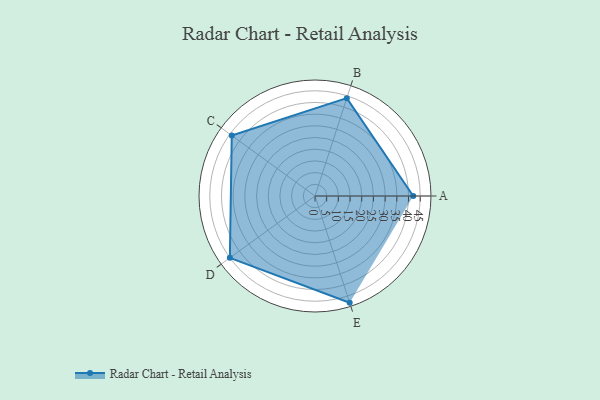
{"axis": {"x": "Skill", "y": "Score"}, "legend": ["Profile"], "data": [{"x": "A", "y": 42.0, "type": "Profile"}, {"x": "B", "y": 44.0, "type": "Profile"}, {"x": "C", "y": 44.0, "type": "Profile"}, {"x": "D", "y": 45.0, "type": "Profile"}, {"x": "E", "y": 48.0, "type": "Profile"}]}